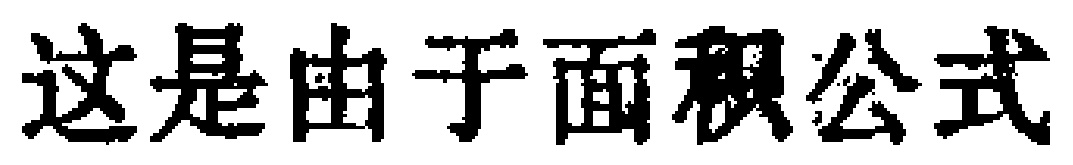
这是由于面积公式